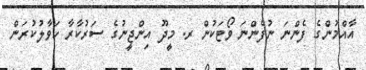
އާއްމުންގެ ފެންނަ ނުފެންނަ ވޯޓަކުން ރ. މީދޫ އިންޖީނުގެ ސަރުކާރާ ހަވާލުކުރަން